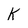
Character: K